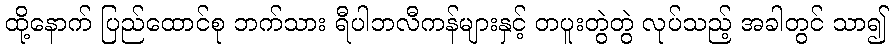
ထို့နောက် ပြည်ထောင်စု ဘက်သား ရီပါဘလီကန်များနှင့် တပူးတွဲတွဲ လုပ်သည့် အခါတွင် သာ၍